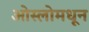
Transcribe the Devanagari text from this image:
ओस्लोमधून